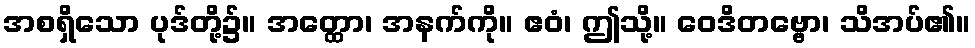
အစရှိသော ပုဒ်တို့၌။ အတ္ထော၊ အနက်ကို။ ဧဝံ၊ ဤသို့။ ဝေဒိတဗ္ဗော၊ သိအပ်၏။